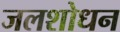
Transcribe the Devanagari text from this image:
जलशोधन